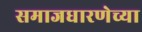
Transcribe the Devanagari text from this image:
समाजधारणेच्या